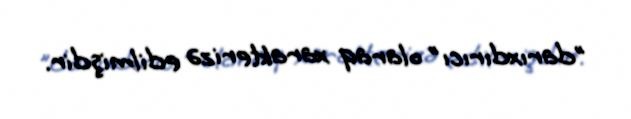
"darıxdırıcı" olaraq xarakterizə edilmişdir.